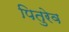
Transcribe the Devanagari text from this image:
पितुरेव